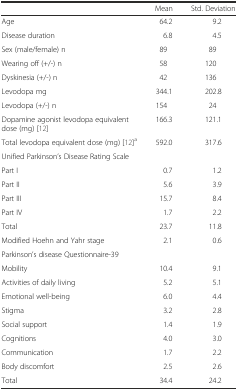
<table><thead><tr><td></td><td><b>Mean</b></td><td><b>Std. Deviation</b></td></tr></thead><tbody><tr><td>Age</td><td>64.2</td><td>9.2</td></tr><tr><td>Disease duration</td><td>6.8</td><td>4.5</td></tr><tr><td>Sex (male/female) n</td><td>89</td><td>89</td></tr><tr><td>Wearing off (+/-) n</td><td>58</td><td>120</td></tr><tr><td>Dyskinesia (+/-) n</td><td>42</td><td>136</td></tr><tr><td>Levodopa mg</td><td>344.1</td><td>202.8</td></tr><tr><td>Levodopa (+/-) n</td><td>154</td><td>24</td></tr><tr><td>Dopamine agonist levodopa equivalent dose (mg) [12]</td><td>166.3</td><td>121.1</td></tr><tr><td>Total levodopa equivalent dose (mg) [12]<sup>a</sup></td><td>592.0</td><td>317.6</td></tr><tr><td>Unified Parkinson’s Disease Rating Scale</td><td></td><td></td></tr><tr><td>Part I</td><td>0.7</td><td>1.2</td></tr><tr><td>Part II</td><td>5.6</td><td>3.9</td></tr><tr><td>Part III</td><td>15.7</td><td>8.4</td></tr><tr><td>Part IV</td><td>1.7</td><td>2.2</td></tr><tr><td>Total</td><td>23.7</td><td>11.8</td></tr><tr><td>Modified Hoehn and Yahr stage</td><td>2.1</td><td>0.6</td></tr><tr><td>Parkinson’s disease Questionnaire-39</td><td></td><td></td></tr><tr><td>Mobility</td><td>10.4</td><td>9.1</td></tr><tr><td>Activities of daily living</td><td>5.2</td><td>5.1</td></tr><tr><td>Emotional well-being</td><td>6.0</td><td>4.4</td></tr><tr><td>Stigma</td><td>3.2</td><td>2.8</td></tr><tr><td>Social support</td><td>1.4</td><td>1.9</td></tr><tr><td>Cognitions</td><td>4.0</td><td>3.0</td></tr><tr><td>Communication</td><td>1.7</td><td>2.2</td></tr><tr><td>Body discomfort</td><td>2.5</td><td>2.6</td></tr><tr><td>Total</td><td>34.4</td><td>24.2</td></tr></tbody></table>